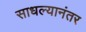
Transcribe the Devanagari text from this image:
साधल्यानंतर